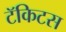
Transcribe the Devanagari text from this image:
टॅकिटस